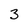
Character: 3